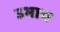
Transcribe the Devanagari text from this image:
उभाच